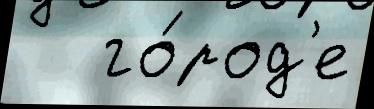
   го́род'е